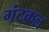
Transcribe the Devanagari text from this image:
गंटकल